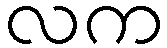
လက